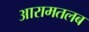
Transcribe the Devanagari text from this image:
आरामतलब